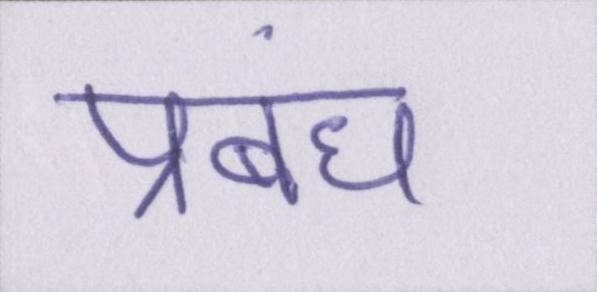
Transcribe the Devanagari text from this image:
प्रबंध